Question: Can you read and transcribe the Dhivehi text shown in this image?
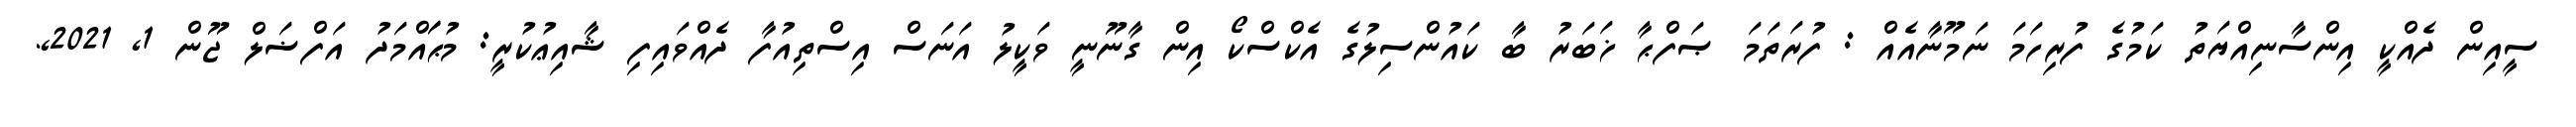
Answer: ސީއިން ދެއްކީ އިންސާނިއްޔަތު ކަމުގެ ފުރިހަމަ ނަމޫނާއެއް : ފުރަތަމަ ޞަފްޙާ ޚަބަރު ބާ ކައުންސިލުގެ އެކްސްކޯ އިން ގާނޫނީ ވަކީލު އަނަސް އިސްތިއުފާ ދެއްވައިފި ޝާއިޢުކުރީ: މުޙަައްމަދު އަފްޟަލް ޖޫން 1, 2021,.